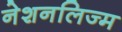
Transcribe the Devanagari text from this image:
नेशनलिज्म